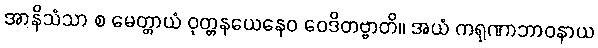
အာနိသံသာ စ မေတ္တာယံ ဝုတ္တနယေနေဝ ဝေဒိတဗ္ဗာတိ။ အယံ ကရုဏာဘာဝနာယ